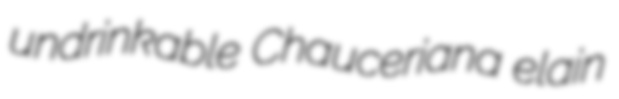
undrinkable Chauceriana elain